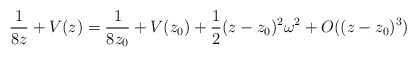
\begin{align*}\frac{1}{8z} + V(z) = \frac{1}{8z_0} + V(z_0) + \frac12(z-z_0)^2\omega^2 + O((z-z_0)^3)\end{align*}